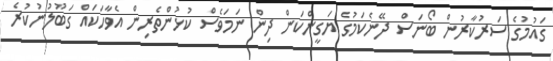
ގައުމުގެ ސަރުކާރުން ބޯނަސް ދޭނެކަމުގެ ޔަގީންކަން ދިން ނަމަވެސް ކުޅުންތެރިން އެވާހަކައް ގަބޫލުނުކުރެ